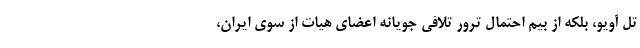
تل آویو، بلکه از بیم احتمال ترور تلافی جویانه اعضای هیات از سوی ایران،